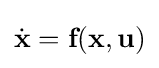
{\dot {\textbf {x}}}={\textbf {f}}({\textbf {x}},{\textbf {u}})